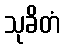
သုခိတံ